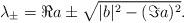
LaTeX: \begin{align*}\lambda_{\pm} =\Re a\pm\sqrt{|b|^2-(\Im a)^2}.\end{align*}